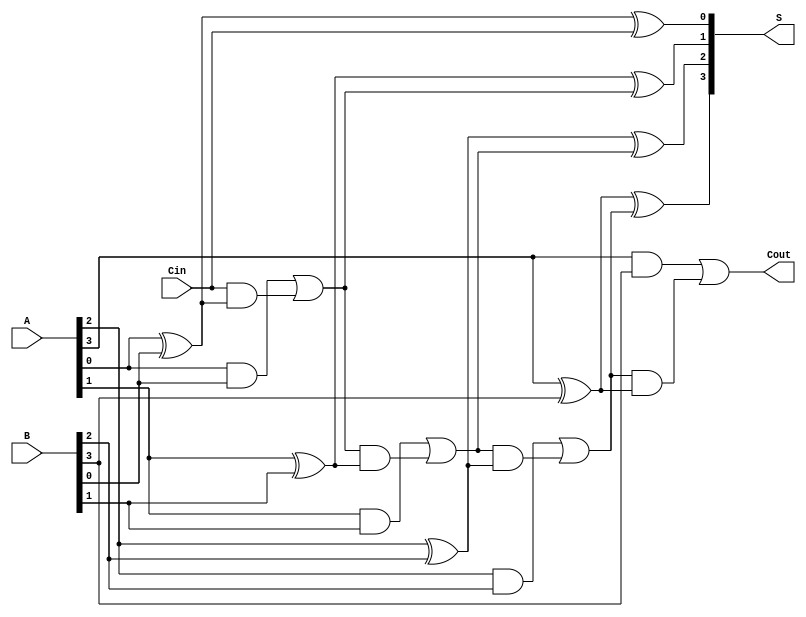
module ParallelFullAdder #(parameter n = 4) (
    input  [n-1:0] A,      // First multi-bit binary number
    input  [n-1:0] B,      // Second multi-bit binary number
    input         Cin,      // Carry-in for the least significant bit
    output [n-1:0] S,       // Sum output
    output        Cout       // Carry-out output
);

    wire [n:0] carry; // Carry wires for each bit, carry[n] is Cout

    // Assign the initial carry-in
    assign carry[0] = Cin;

    // Generate the sum and carry for each bit
    genvar i;
    generate
        for (i = 0; i < n; i = i + 1) begin : full_adder
            // Sum calculation
            assign S[i] = A[i] ^ B[i] ^ carry[i];

            // Carry calculation
            assign carry[i + 1] = (A[i] & B[i]) | (carry[i] & (A[i] ^ B[i]));
        end
    endgenerate

    // Final carry-out
    assign Cout = carry[n];

endmodule